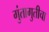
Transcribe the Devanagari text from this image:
गुंतागुतीचा